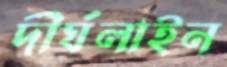
দীর্ঘলাইন